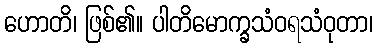
ဟောတိ၊ ဖြစ်၏။ ပါတိမောက္ခသံဝရသံဝုတာ၊